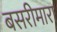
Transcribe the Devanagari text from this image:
बसरीमारा